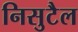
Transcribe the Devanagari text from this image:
निसुटैल